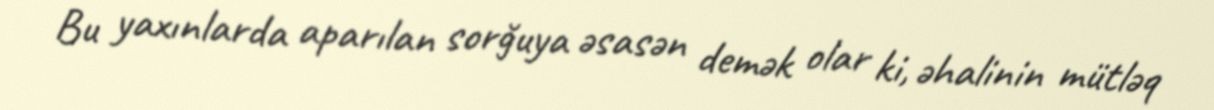
Bu yaxınlarda aparılan sorğuya əsasən demək olar ki, əhalinin mütləq